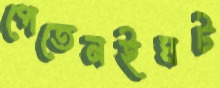
পেতেনইঘট